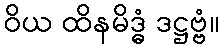
ဝိယ ထိနမိဒ္ဓံ ဒဋ္ဌဗ္ဗံ။